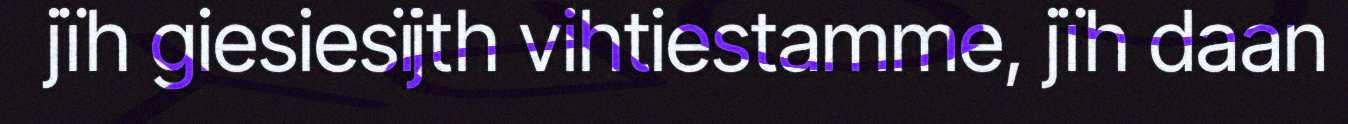
jïh giesiesïjth vihtiestamme, jïh daan